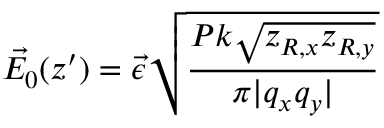
\Vec { E _ { 0 } } ( z ^ { \prime } ) = \Vec { \epsilon } \sqrt { \frac { P k \sqrt { z _ { R , x } z _ { R , y } } } { \pi | q _ { x } q _ { y } | } }